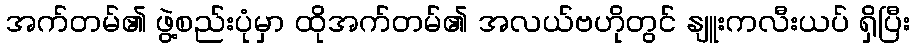
အက်တမ်၏ ဖွဲ့စည်းပုံမှာ ထိုအက်တမ်၏ အလယ်ဗဟိုတွင် နျူးကလီးယပ် ရှိပြီး